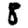
Digit: 8